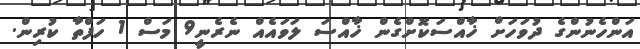
އަންހެނުންގެ ދުވަހަށް ޚާއްސަކޮށްގެން ޚާއްސަ ލަވައެއް ނެރެނީ9 މަސް 1 ހަފްތާ ކުރިން.